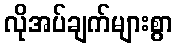
လိုအပ်ချက်များစွာ